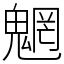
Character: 魍